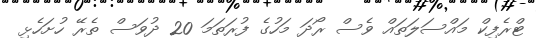
ޓްރެފިކް މައްސަލަތައް ވެސް ރޯދަ މަހުގެ ފުރަތަމަ 20 ދުވަސް ތެރޭ ހުށަހެޅި